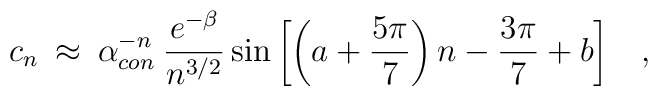
c_n \> \approx \> \alpha_{con}^{-n}\> \frac{e^{- \beta}}{n^{3/2}}\sin \left [ \left (a+{5 \pi \over 7}\right ) n - {3 \pi \over 7} + b \right ] \;\;\;,